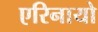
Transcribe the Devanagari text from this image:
एरिनायो